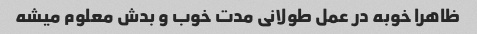
ظاهرا خوبه در عمل طولانی مدت خوب و بدش معلوم میشه